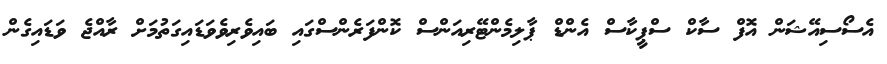
އެސޯސިއޭޝަން އޮފް ސާކް ސްޕީކާސް އެންޑް ޕާލިމެންޓޭރިއަންސް ކޮންފަރެންސްގައި ބައިވެރިވެވަޑައިގަތުމަށް ރާއްޖެ ވަޑައިގެން